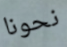
نحونا